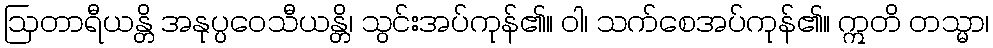
ဩတာရီယန္တိ အနုပ္ပဝေသီယန္တိ၊ သွင်းအပ်ကုန်၏။ ဝါ၊ သက်စေအပ်ကုန်၏။ ဣတိ တသ္မာ၊